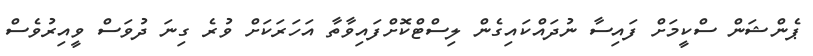
ޕެންޝަން ސްކީމަށް ފައިސާ ނުދައްކައިގެން ލިސްޓްކޮށްފައިވާތާ އަހަރަކަށް ވުރެ ގިނަ ދުވަސް ވީއިރުވެސް